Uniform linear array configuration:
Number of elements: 32
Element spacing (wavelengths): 0.5
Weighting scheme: exponential
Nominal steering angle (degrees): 45
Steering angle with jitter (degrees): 46.402
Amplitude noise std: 0.05
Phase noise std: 0.05

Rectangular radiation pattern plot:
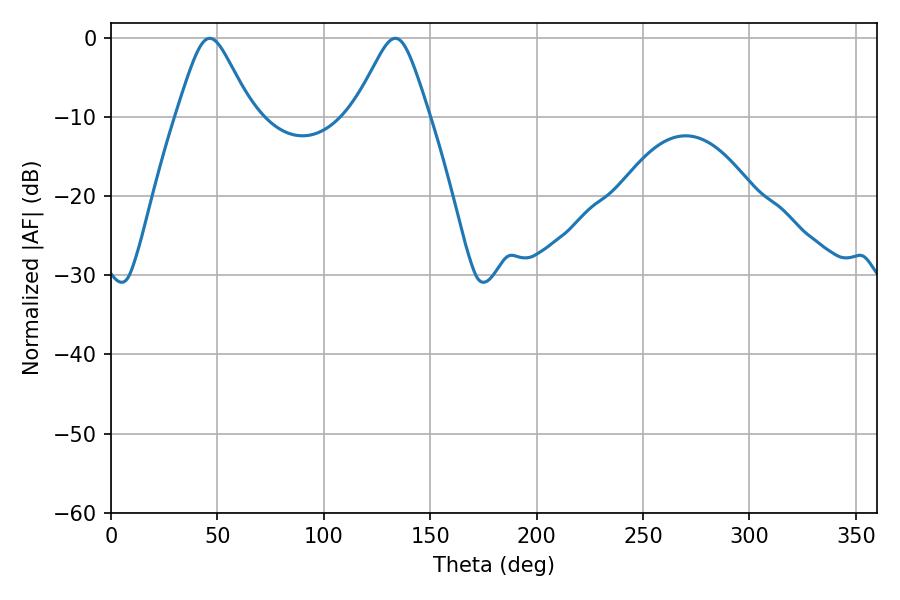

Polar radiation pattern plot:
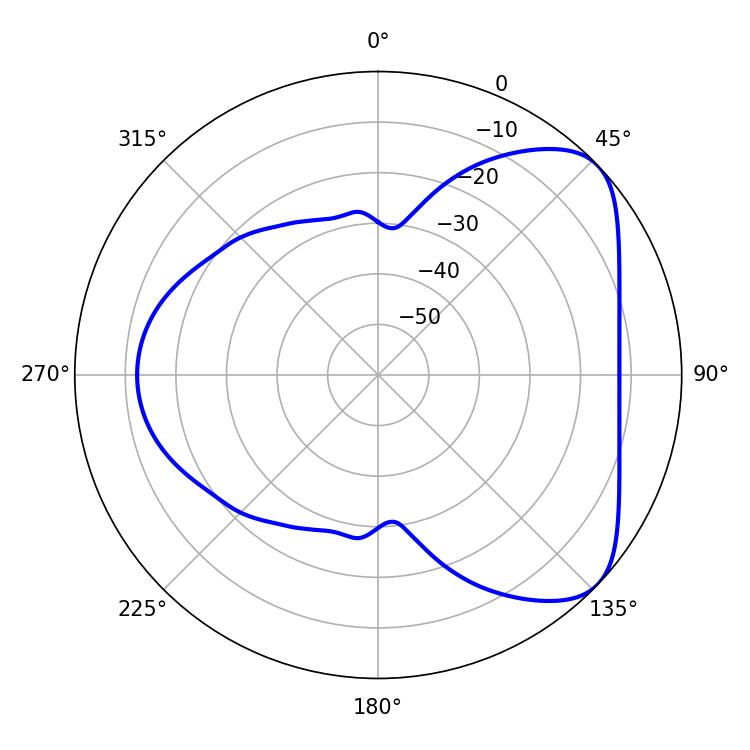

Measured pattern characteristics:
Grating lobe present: FALSE
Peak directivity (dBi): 5.889
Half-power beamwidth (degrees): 17.1
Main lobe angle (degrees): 46.44